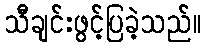
သီချင်းဖွင့်ပြခဲ့သည်။